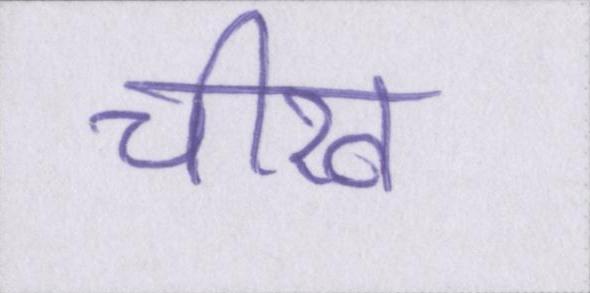
चीख